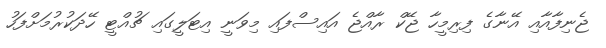
ޖެނިފާއާއި އޭނާގެ ފިރިމީހާ ޖޭކް ރާއްޖެ އައިސްފައި މިވަނީ އިޓަލީގައި ޗުއްޓީ ހޭދަކުރުމަށްފަހު